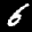
Label: 6